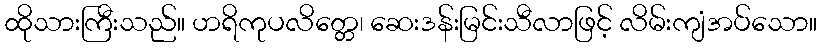
ထိုသားကြီးသည်။ ဟရိကုပလိတ္တေ၊ ဆေးဒန်းမြင်းသီလာဖြင့် လိမ်းကျံအပ်သော။